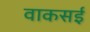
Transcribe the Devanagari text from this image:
वाकसई